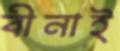
বীনাই